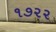
૧૭૨૨